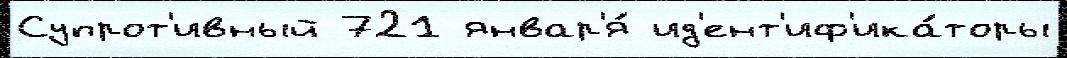
Супрот'ивный 721 январ'я́ ид'ент'иф'ика́торы